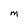
Character: m